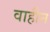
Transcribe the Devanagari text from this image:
वाहीन